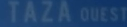
TAZA QUEST